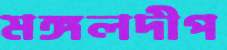
মঙ্গলদীপ